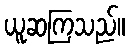
ယူဆကြသည်။